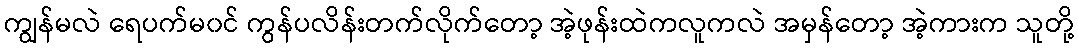
ကျွန်မလဲ ရေပက်မ၀င် ကွန်ပလိန်းတက်လိုက်တော့ အဲ့ဖုန်းထဲကလူကလဲ အမှန်တော့ အဲ့ကားက သူတို့